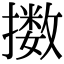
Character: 擞